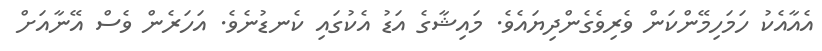
އެއާއެކު ހަމަހިމޭންކަން ވެރިވެގެންދިޔައެވެ. މައިޝާގެ އަޑު އެކުގައި ކެނޑުނެވެ. އަހަރެން ވެސް އޭނާއަށް